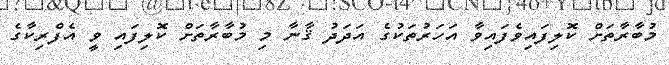
މުބާރާތަށް ކޮލިފައިވެފައިވާ އަހަރުތަކުގެ އަދަދު ޤާނާ މި މުބާރާތަށް ކޮލިފައި ވީ އެފްރިކާގެ